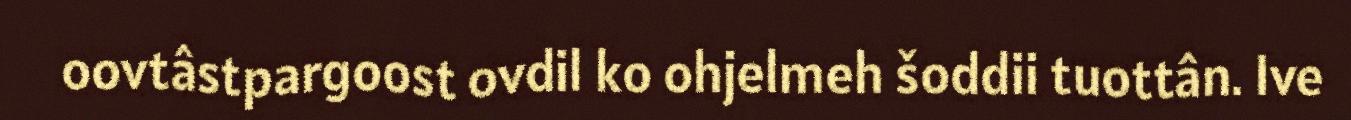
oovtâstpargoost ovdil ko ohjelmeh šoddii tuottân. Ive